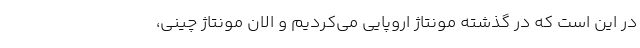
در این است که در گذشته مونتاژ اروپایی می‌کردیم و الان مونتاژ چینی،